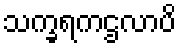
သက္ခရကဌလာပိ